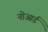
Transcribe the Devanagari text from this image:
नोआर्ड